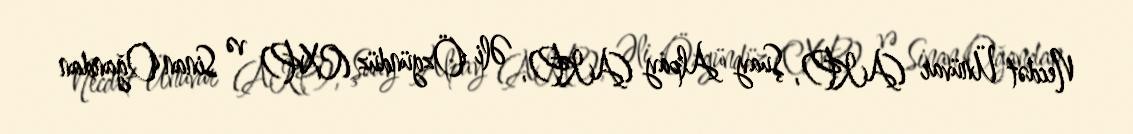
Necdət Ünüvar (AKP), Şuay Alpay (AKP), Əli Özgündüz (CXP) və Sinan Oğandan